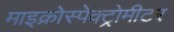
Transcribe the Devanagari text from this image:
माइक्रोस्पेक्ट्रोमीटर